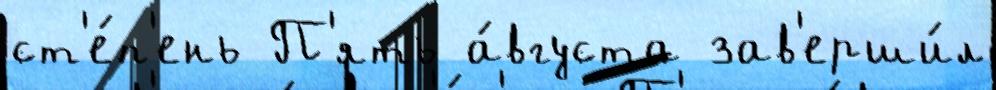
ст'е́п'ень П'ять а́вгуста зав'ерши́л